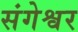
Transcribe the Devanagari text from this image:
संगेश्वर